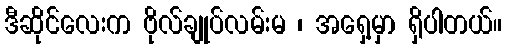
ဒီဆိုင်လေးက ဗိုလ်ချုပ်လမ်းမ ၊ အရှေ့မှာ ရှိပါတယ်။